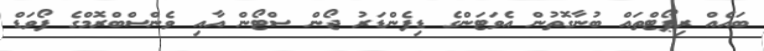
ބައެއް ރިޕޯޓްތައް ބުނާގޮތުން އެވަޓަންގެ ޑިފެންޑަރު ޖޯން ސްޓޯން އާއި ވެންސްބްރޮމްގެ ފޯވަޑް